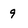
Character: 9